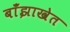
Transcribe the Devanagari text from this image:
बाँझाखेत